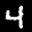
Label: 4